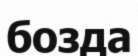
бозда